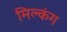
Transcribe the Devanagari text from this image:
मिल्कंग